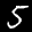
Label: 5